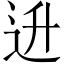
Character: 𬨠